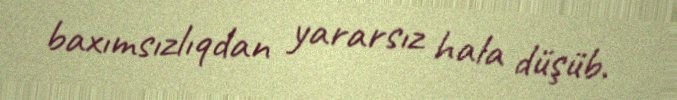
baxımsızlıqdan yararsız hala düşüb.